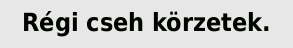
Régi cseh körzetek.